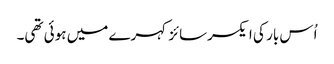
اُس بار کی ایکسرسائز کہرے میں ہوئی تھی۔